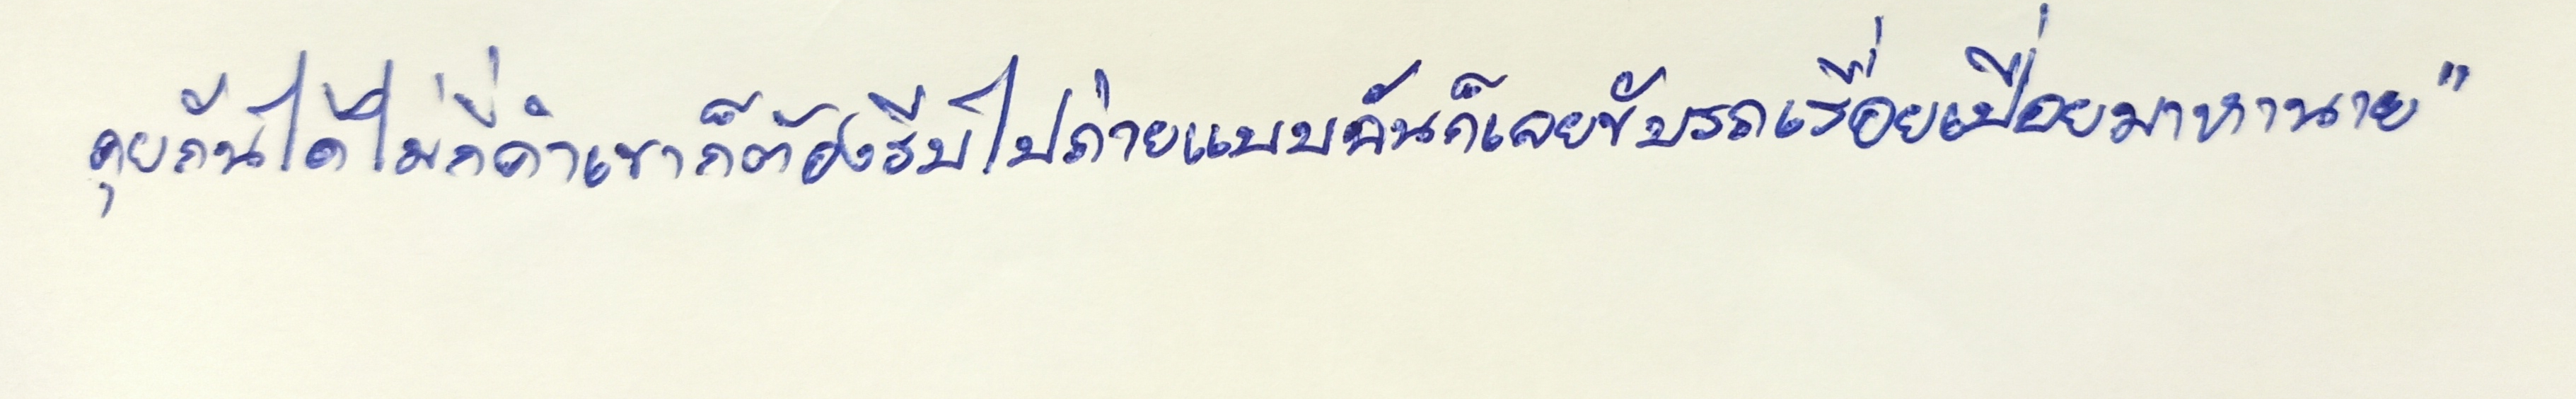
คุยกันได้ไม่กี่คำเขาก็ต้องรีบไปถ่ายแบบฉันก็เลยขับรถเรื่อยเปื่อยมาหานาย"